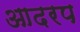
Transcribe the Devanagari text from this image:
आदरप